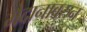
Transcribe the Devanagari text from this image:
मैदानावरुन